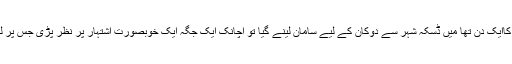
بہرحال والد کا جذبہ صادْ ق تھا یہ ۱۹۸۷ کاایک دن تھا میں ڈسکہ شہر سے دوکان کے لیے سامان لینے گیا تو اچانک ایک جگہ ایک خوبصورت اشتہار پر نظر پڑی جس پر لکھا تھا جدید و قدیم علوم کا حسین امتزاج ۔